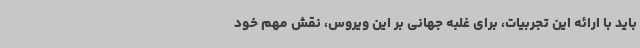
باید با ارائه این تجربیات، برای غلبه جهانی بر این ویروس، نقش مهم خود